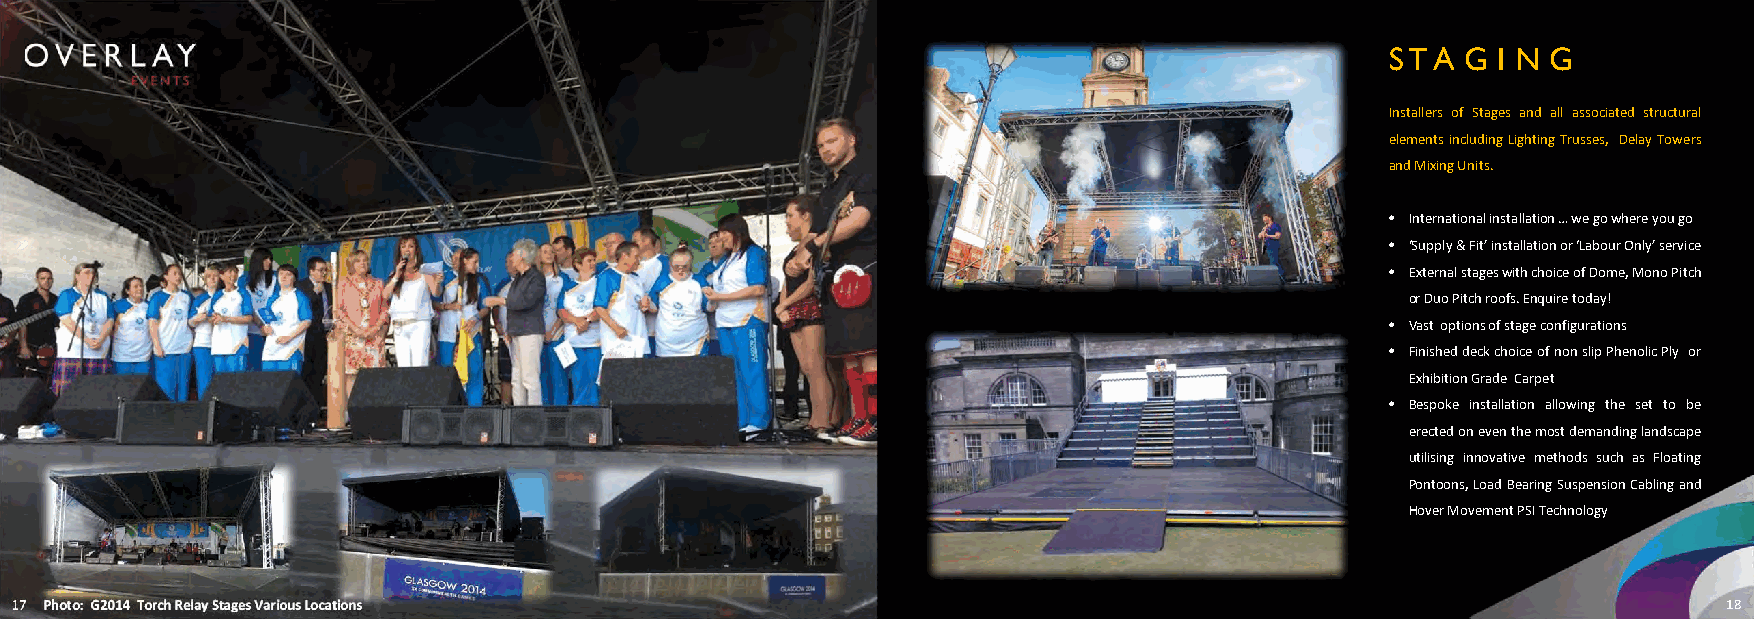
S T A G I N G
 Installers of Stages and all associated structural
 elementsincludingLightingTrusses, DelayTowers
 andMixingUnits.
 • Internationalinstallation…wegowhereyougo
 • ‘Supply&Fit’installationor‘LabourOnly’service
 • ExternalstageswithchoiceofDome,MonoPitch
 orDuoPitchroofs.Enquiretoday!
 • Vast optionsofstageconfigurations
 • FinisheddeckchoiceofnonslipPhenolicPly or
 ExhibitionGrade Carpet
 • Bespoke installation allowing the set to be
 erectedoneventhemostdemandinglandscape
 utilising innovative methods such as Floating
 Pontoons,LoadBearingSuspensionCablingand
 HoverMovementPSITechnology
 17 Photo: G2014 Torch Relay Stages Various Locations                                                             18